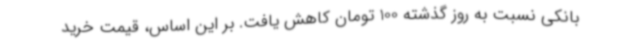
بانکی نسبت به روز گذشته 100 تومان کاهش یافت. بر این اساس، قیمت خرید